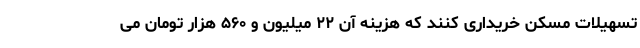
تسهیلات مسکن خریداری کنند که هزینه آن ۲۲ میلیون و ۵۶۰ هزار تومان می